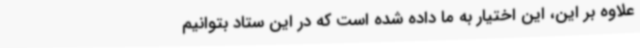
علاوه بر این، این اختیار به ما داده شده است که در این ستاد بتوانیم